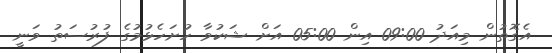
އެގޮތުން މިއަދު 09:00 އިން 05:00 އަށް ޝަކުވާ ހުށަހެޅުމުގެ ފުރުސަތު ވަނީ